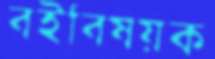
বইবিষয়ক